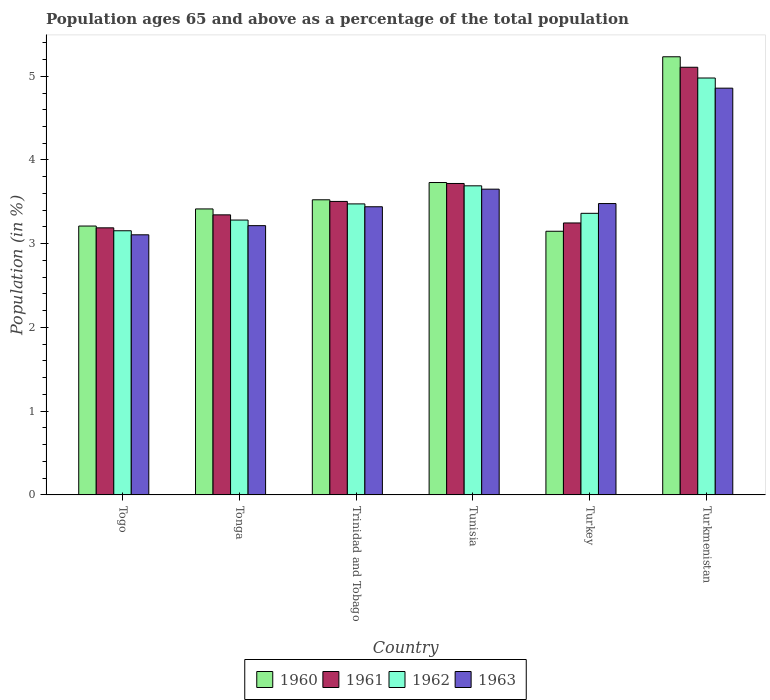
| Country | 1960 | 1961 | 1962 | 1963 |
 | --- | --- | --- | --- | --- |
 | Togo | 3.21 | 3.19 | 3.15 | 3.11 |
 | Tonga | 3.42 | 3.34 | 3.28 | 3.22 |
 | Trinidad and Tobago | 3.52 | 3.51 | 3.48 | 3.44 |
 | Tunisia | 3.73 | 3.72 | 3.69 | 3.65 |
 | Turkey | 3.15 | 3.25 | 3.36 | 3.48 |
 | Turkmenistan | 5.23 | 5.11 | 4.98 | 4.86 |